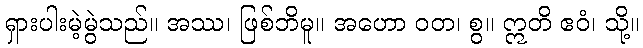
ရှားပါးမဲ့မွဲသည်။ အဿ၊ ဖြစ်ဘိမူ။ အဟော ဝတ၊ စွ။ ဣတိ ဧဝံ၊ သို့။